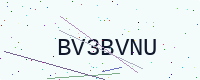
Text: BV3BVNU